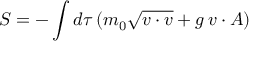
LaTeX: S = - \int d \tau \, ( m _ { 0 } \sqrt { v \cdot v } + g \, v \cdot A )